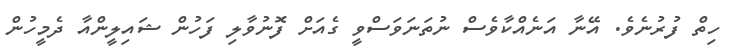
ހިތް ފުރުނެވެ. އޭނާ އަނެއްކާވެސް ނުތަނަވަސްވީ ގެއަށް ފޮނުވާލި ފަހުން ޝައިލީންއާ ދެމީހުން